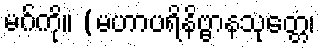
မဂ်ကို။ (မဟာပရိနိဗ္ဗာနသုတ္တေ၊